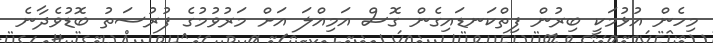
މިހެން އުޅުމަކީ ބިރުން ފިތްކަނޑައިގެން ގޮސް އަމިއްލަ އަށް މަރުވުމުގެ ފުރުސަތު ބޮޑުވެދާނެ